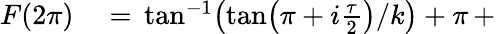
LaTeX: \begin{array}{rl}{F(2\pi)}&{{}=\, \tan^{-1}\! \left({\tan\! \left(\pi+i\frac{\tau}{2}\right)}/{k}\right)+\pi\, +}\end{array}